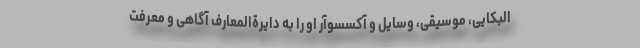
البکایی، موسیقی، وسایل و آکسسوآر او را به دایرةالمعارف آگاهی و معرفت